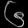
Digit: ၆